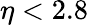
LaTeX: \eta<2.8